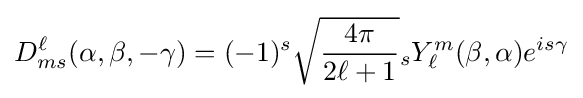
D_{ms}^{\ell }(\alpha ,\beta ,-\gamma )=(-1)^{s}{\sqrt {\frac {4\pi }{2{\ell }+1}}}{}_{s}Y_{\ell }^{m}(\beta ,\alpha )e^{is\gamma }